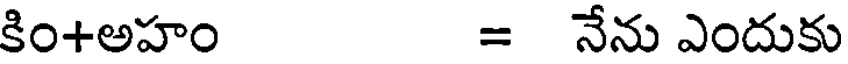
కిం+అహం = నేను ఎందుకు